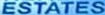
ESTATE